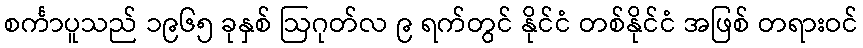
စင်္ကာပူသည် ၁၉၆၅ ခုနှစ် ဩဂုတ်လ ၉ ရက်တွင် နိုင်ငံ တစ်နိုင်ငံ အဖြစ် တရားဝင်